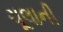
ચૂલાની